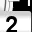
Digit: 2